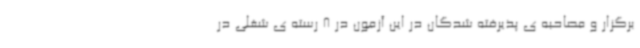
برگزار و مصاحبه ی پذیرفته شدگان در این آزمون در 8 رسته ی شغلی در